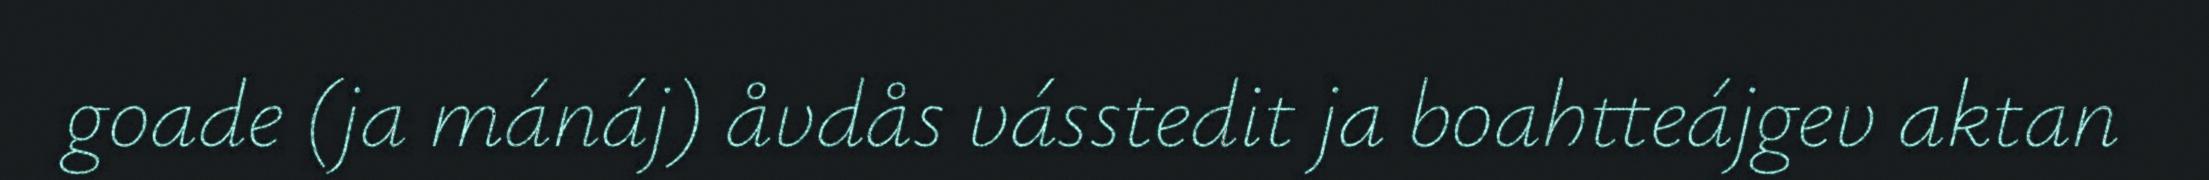
goade (ja mánáj) åvdås vásstedit ja boahtteájgev aktan